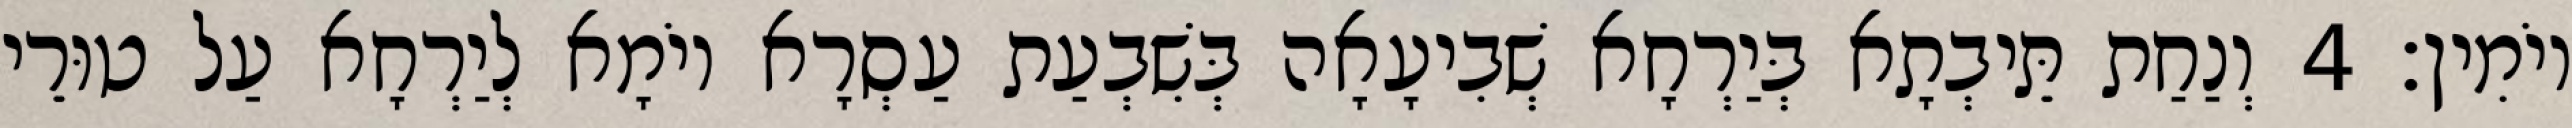
יוֹמִין׃ 4 וְנַחַת תֵּיבְתָא בְּיַרְחָא שְׁבִיעָאָה בְּשִׁבְעַת עַסְרָא יוֹמָא לְיַרְחָא עַל טוּרֵי